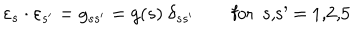
\varepsilon _ { s } \cdot \varepsilon _ { s ^ { \prime } } = g _ { s s ^ { \prime } } = g ( s ) \ \delta _ { s s ^ { \prime } } \qquad \mathrm { f o r ~ s , s ^ { \prime } ~ = ~ 1 , 2 , 5 ~ }